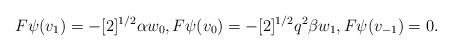
LaTeX: \begin{align*}F \psi(v_1) = - [2]^{1/2} \alpha w_0, F \psi(v_0) = - [2]^{1/2} q^2 \beta w_1, F \psi(v_{-1}) = 0.\end{align*}